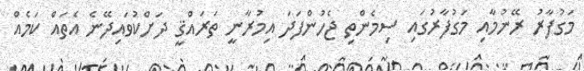
މަގުފާރު ރޭނުމާއި މަގުފާރުގައި ސިމެންތި ޖެހުންފަދަ އިމުރާނީ ތަރައްޤީ ދަށްކުވައިދޭނެ އެތައް ކަމެއް